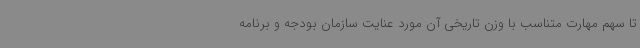
تا سهم مهارت متناسب با وزن تاریخی آن مورد عنایت سازمان بودجه و برنامه